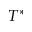
T ^ { * }